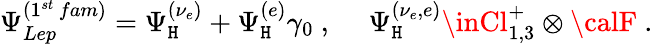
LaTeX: \Psi_{Lep}^{(1^{st}\, fam)}=\Psi_{\mathtt{H}}^{(\nu_{e})}+\Psi_{\mathtt{H}}^{(e)}\gamma_{0}~,~~~~~\Psi_{\mathtt{H}}^{(\nu_{e},e)}\inCl_{1,3}^{+}\otimes{\calF}~.